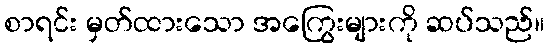
စာရင်း မှတ်ထားသော အကြွေးများကို ဆပ်သည်။